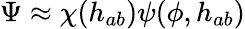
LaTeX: \Psi\approx\chi(h_{ab})\psi(\phi,h_{ab})